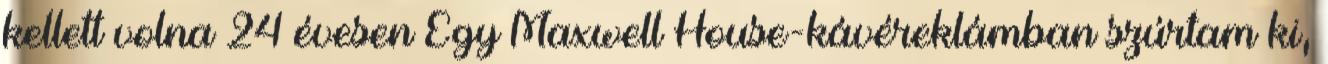
kellett volna 24 évesen Egy Maxwell House-kávéreklámban szúrtam ki,